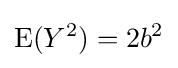
{\textrm {E}}(Y^{2})=2b^{2}